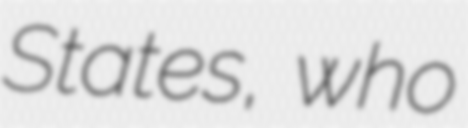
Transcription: States, who